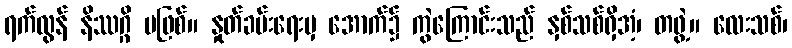
ရက်လွန် နိဿဂ္ဂိ မဖြစ်။ နှုတ်ခမ်းရေးမှ အောက်၌ ကွဲကြောင်းသည် နှစ်သစ်ရှိအံ့၊ တဖွဲ့။ လေးသစ်၊